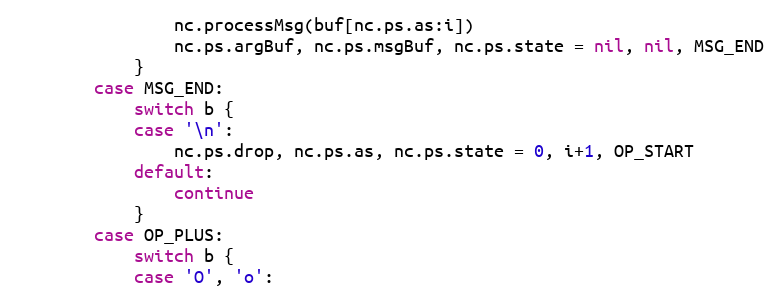
Language: Go
				nc.processMsg(buf[nc.ps.as:i])
				nc.ps.argBuf, nc.ps.msgBuf, nc.ps.state = nil, nil, MSG_END
			}
		case MSG_END:
			switch b {
			case '\n':
				nc.ps.drop, nc.ps.as, nc.ps.state = 0, i+1, OP_START
			default:
				continue
			}
		case OP_PLUS:
			switch b {
			case 'O', 'o':